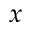
x